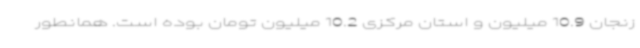
زنجان 10.9 میلیون و استان مرکزی 10.2 میلیون تومان بوده است. همانطور